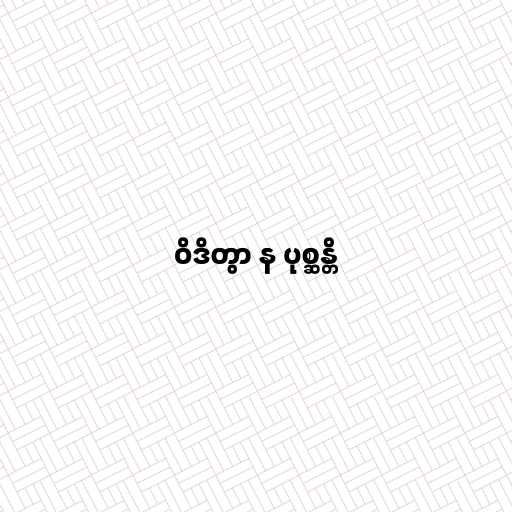
ဝိဒိတွာ န ပုစ္ဆန္တိ